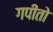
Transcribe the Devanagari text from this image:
गपीतो